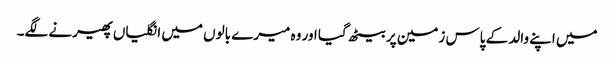
میں اپنے والد کے پاس زمین پر بیٹھ گیا اور وہ میرے بالوں میں انگلیاں پھیرنے لگے۔